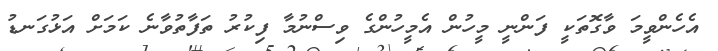
އެހެންވީމަ ވާގޮތަކީ ފަންނީ މީހުން އެމީހުންގެ ވިސްނުމާ ފިކުރު ތަފާތުވާނެ ކަމަށް އަޅުގަނޑު